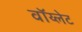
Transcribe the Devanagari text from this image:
वॉय्लेट